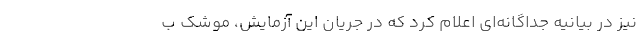
نیز در بیانیه جداگانه‌ای اعلام کرد که در جریان این آزمایش، موشک ب